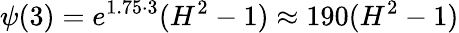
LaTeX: \psi(3)=e^{1.75\cdot 3}(H^{2}-1)\approx 190(H^{2}-1)